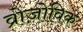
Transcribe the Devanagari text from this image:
व्रोज़ोविक